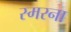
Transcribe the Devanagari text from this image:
स्मरना